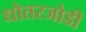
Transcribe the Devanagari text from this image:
धोतरजोडी